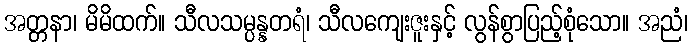
အတ္တနာ၊ မိမိထက်။ သီလသမ္ပန္နတရံ၊ သီလကျေးဇူးနှင့် လွန်စွာပြည့်စုံသော။ အညံ၊